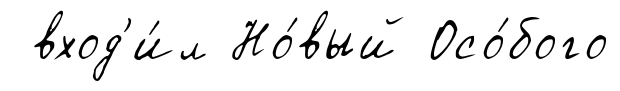
вход'и́л Но́вый Осо́бого